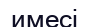
имесі